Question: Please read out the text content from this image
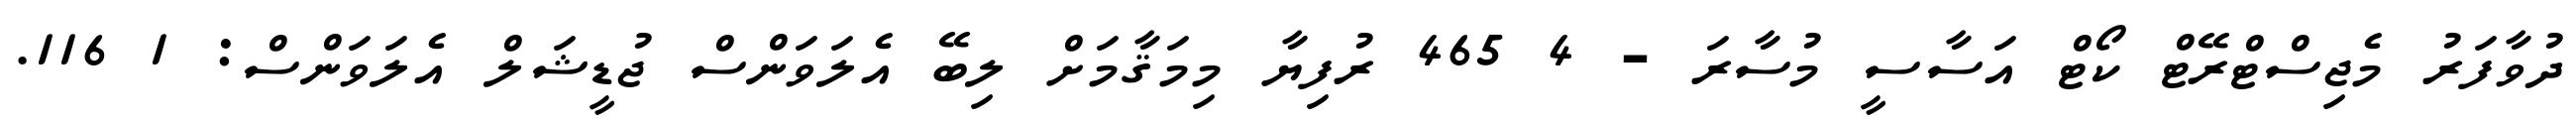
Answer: ދުވާފަރު މެޖިސްޓްރޭޓް ކޯޓް އަސާސީ މުސާރަ - 4 465 ރުފިޔާ މިމަޤާމަށް ލިބޭ އެލަވަންސް ޖުޑީޝަލް އެލަވަންސް: 1 116.